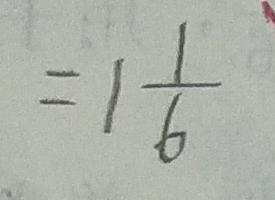
= 1 \frac { 1 } { 6 }